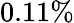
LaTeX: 0.11\%